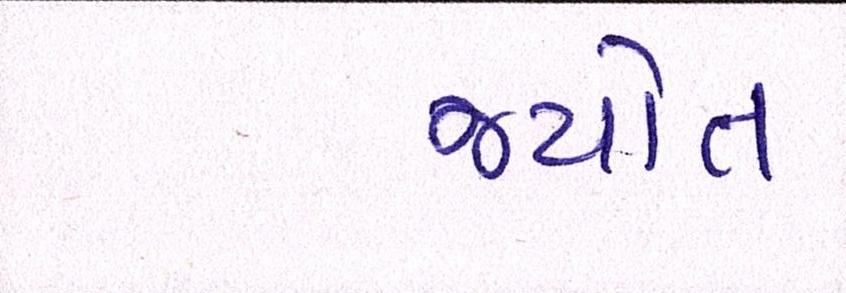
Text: જયોત